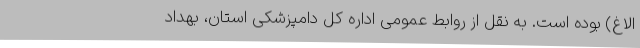
الاغ) بوده است. به نقل از روابط عمومی اداره کل دامپزشکی استان، بهداد